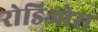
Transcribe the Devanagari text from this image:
रोडिओस